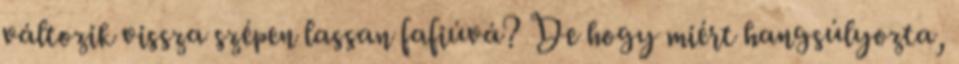
változik vissza szépen lassan fafiúvá? De hogy miért hangsúlyozta,